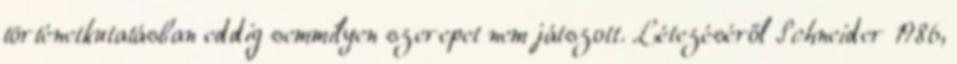
történetkutatásban eddig semmilyen szerepet nem játszott. Létezéséről Schneider 1986,